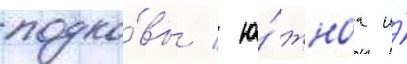
подко́вы / ю́жнаа и́